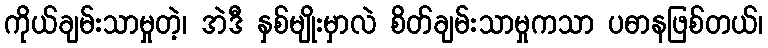
ကိုယ်ချမ်းသာမှုတဲ့၊ အဲဒီ နှစ်မျိုးမှာလဲ စိတ်ချမ်းသာမှုကသာ ပဓာနဖြစ်တယ်၊